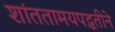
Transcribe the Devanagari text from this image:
शांततामयपद्धतीने